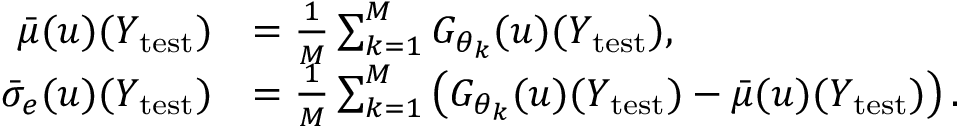
\begin{array} { r l } { \bar { \mu } ( u ) ( Y _ { \mathrm { t e s t } } ) } & { = \frac { 1 } { M } \sum _ { k = 1 } ^ { M } G _ { \theta _ { k } } ( u ) ( Y _ { \mathrm { t e s t } } ) , } \\ { \bar { \sigma } _ { e } ( u ) ( Y _ { \mathrm { t e s t } } ) } & { = \frac { 1 } { M } \sum _ { k = 1 } ^ { M } \left( G _ { \theta _ { k } } ( u ) ( Y _ { \mathrm { t e s t } } ) - \bar { \mu } ( u ) ( Y _ { \mathrm { t e s t } } ) \right) . } \end{array}